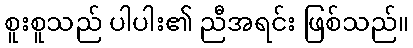
စူးစူသည် ပါပါး၏ ညီအရင်း ဖြစ်သည်။